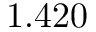
1 . 4 2 0